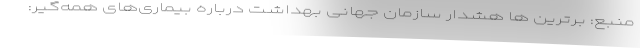
منبع: برترین ها هشدار سازمان جهانی بهداشت درباره بیماری‌های همه‌گیر: